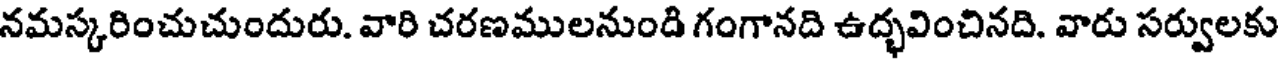
నమస్కరించుచుందురు. వారి చరణములనుంది గంగానది ఉద్భవించినది. వారు సర్వులకు